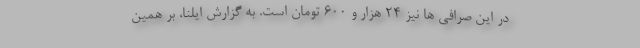
در این صرافی ها نیز ۲۴ هزار و ۶۰۰ تومان است. به گزارش ایلنا، بر همین‌